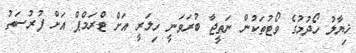
ޚިޔާލު ހޯދުމުގެ ވޯޓުތަކުން ނަތީޖާ ބުރަވަނީ ހިލަރީ އަށް ޓްރަމްޕް އަށް ފުރުސަތު